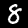
Label: 8